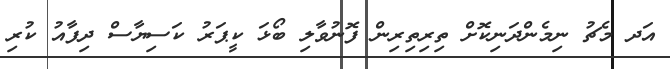
އަދ މެޗު ނިމެންދަނިކޮށް ތިރިތިރިން ފޮނުވާލި ބޯޅަ ކީޕަރު ކަސިޔާސް ދިފާއު ކުރި